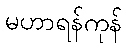
မဟာရန်ကုန်